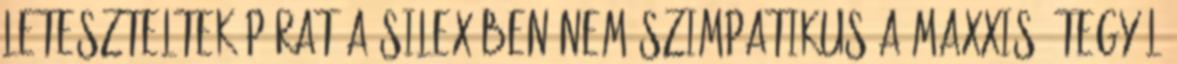
leteszteltek párat a Silex-ben Nem szimpatikus a Maxxis? Tegyél